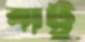
বাট্টু